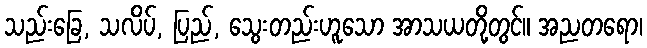
သည်းခြေ, သလိပ်, ပြည်, သွေးတည်းဟူသော အာသယတို့တွင်။ အညတရော၊